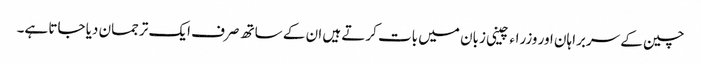
چین کے سربراہان اور وزراء چینی زبان میں بات کرتے ہیں ان کے ساتھ صرف ایک ترجمان دیا جاتا ہے۔